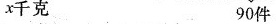
x千克 90件